Scottish Certificate of Education, 1963
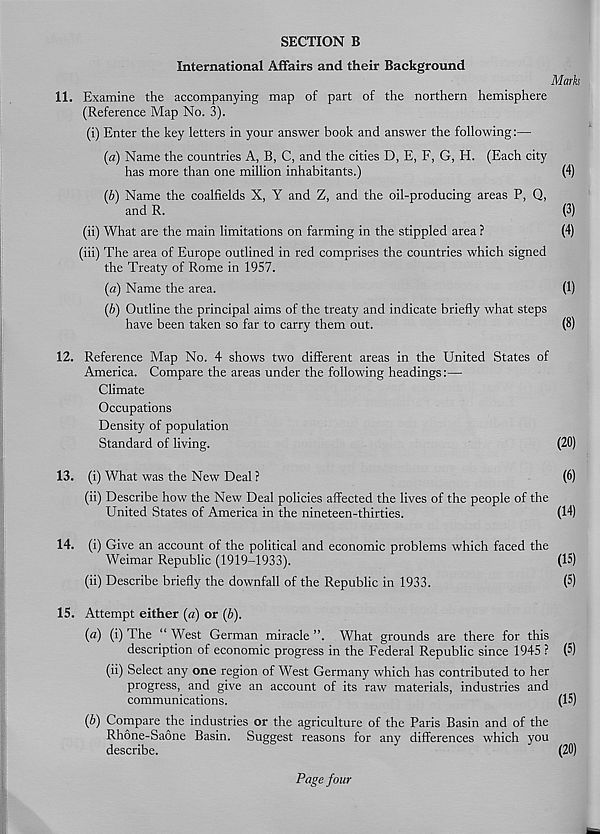
SECTION B
International Affairs and their Background
Mark
11. Examine the accompanying map of part of the northern hemisphere
(Reference Map No. 3).
(i) Enter the key letters in your answer book and answer the following:—
(a) Name the countries A, B, C, and the cities D, E, F, G, H. (Each city
has more than one million inhabitants.)
(4)
(b) Name the coalfields X, Y and Z, and the oil-producing areas P, Q,
and R.
(3)
(ii) What are the main limitations on farming in the stippled area ?
(4)
(iii) The area of Europe outlined in red comprises the countries which signed
the Treaty of Rome in 1957.
(a) Name the area.
(1)
(b) Outline the principal aims of the treaty and indicate briefly what steps
have been taken so far to carry them out.
(8)
12. Reference Map No. 4 shows two different areas in the United States of
America. Compare the areas under the following headings:—
Climate
Occupations
Density of population
Standard of living.
(20)
13. (i) What was the New Deal ?
(6)
(ii) Describe how the New Deal policies affected the lives of the people of the
United States of America in the nineteen-thirties.
(14)
14. (i) Give an account of the political and economic problems which faced the
Weimar Republic (1919-1933).
(15)
(ii) Describe briefly the downfall of the Republic in 1933.
(5)
15. Attempt either (a) or (b).
(a) (i) The “ West German miracle ”. What grounds are there for this
description of economic progress in the Federal Republic since 1945 ? (5)
(ii) Select any one region of West Germany which has contributed to her
progress, and give an account of its raw materials, industries and
communications.
(15)
(b) Compare the industries or the agriculture of the Paris Basin and of the
Rhone-Saone Basin. Suggest reasons for any differences which you
describe.
(20)
Page four